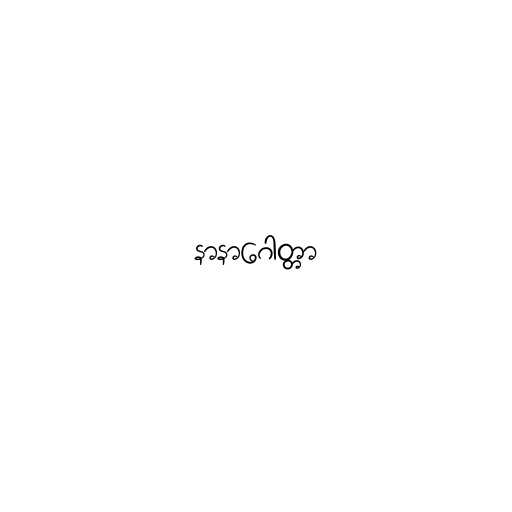
နာနာဂေါတ္တာ